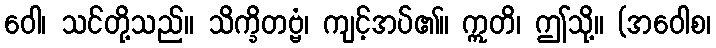
ဝေါ၊ သင်တို့သည်။ သိက္ခိတဗ္ဗံ၊ ကျင့်အပ်၏။ ဣတိ၊ ဤသို့။ (အဝေါစ၊